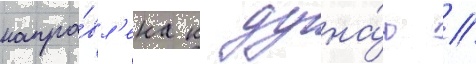
напра́вл'ена к дуна́ю //